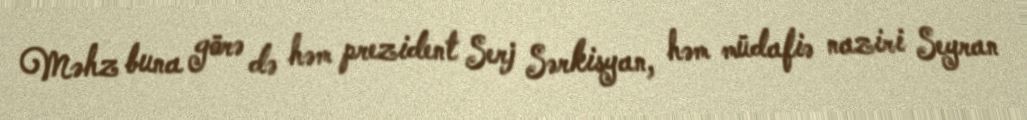
Məhz buna görə də həm prezident Serj Sərkisyan, həm müdafiə naziri Seyran